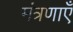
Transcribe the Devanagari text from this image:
मंत्रणाएँ